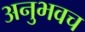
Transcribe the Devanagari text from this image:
अनुभवच